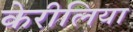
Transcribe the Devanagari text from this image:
केरीलिया